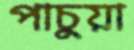
পাচুয়া